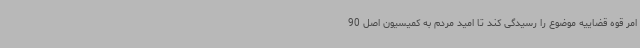
امر قوه قضاییه موضوع را رسیدگی کند تا امید مردم به کمیسیون اصل 90